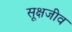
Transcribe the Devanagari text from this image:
सूक्षजीव